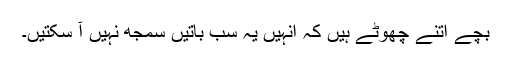
بچے اتنے چھوٹے ہیں کہ انہیں یہ سب باتیں سمجھ نہیں آ سکتیں۔